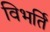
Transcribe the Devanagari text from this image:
विभर्ति